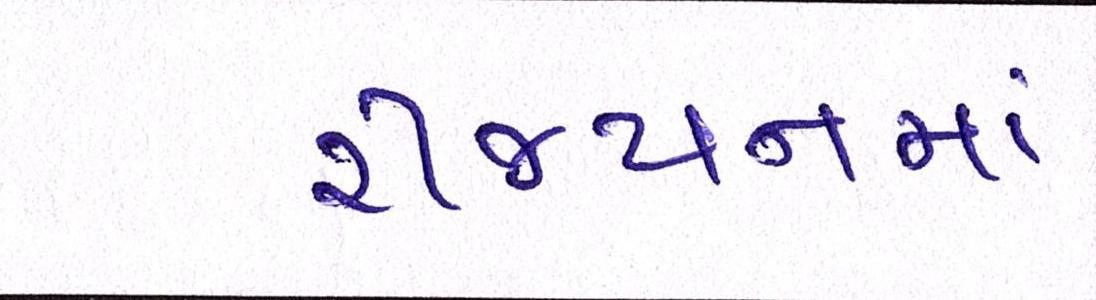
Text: રીજયનમાં